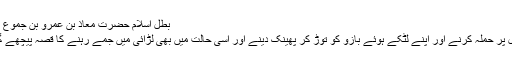
بطل اسلام حضرت معاذ بن عمرو بن جموع رضی اللہ عنہ​
ان کے ابو جہل پر حملہ کرنے اور اپنے لٹکے ہوئے بازو کو توڑ کر پھینک دینے اور اسی حالت میں بھی لڑائی میں جمے رہنے کا قصہ پیچھے گزر چکا ہے ۔